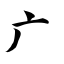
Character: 广